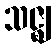
သဇ္ဈ